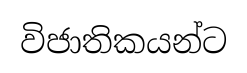
විජාතිකයන්ට